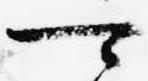
可